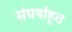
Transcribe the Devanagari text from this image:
संघर्षाहूत